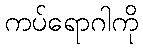
ကပ်ရောဂါကို